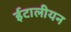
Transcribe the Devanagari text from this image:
ईटालीयन